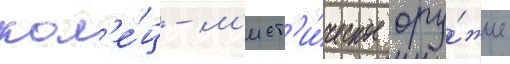
кол'е́ц - м'ист'и́ческое ору́жие